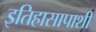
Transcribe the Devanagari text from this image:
इतिहासापाशी